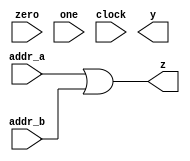
module adder
(
    addr_a,
    addr_b,
    zero,
    one,
    clock,
    y,
	z
 );

   input addr_a;
   input addr_b;
   input zero;
   input one;
   input clock;

   output y;
   output z;

   assign y = tmp;
   assign z = addr_a || addr_b;


endmodule